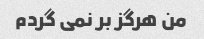
من هرگز بر نمی گردم